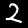
Digit: 2